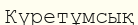
Күретұмсық